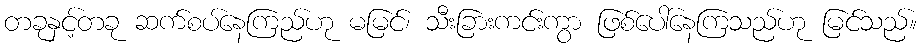
တခုနှင့်တခု ဆက်စပ်နေကြည်ဟု မမြင်၊ သီးခြားကင်းကွာ ဖြစ်ပေါ်နေကြသည်ဟု မြင်သည်။